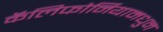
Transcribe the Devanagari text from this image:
कॅलिफोर्नियामधुन